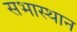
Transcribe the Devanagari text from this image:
सभास्थान